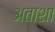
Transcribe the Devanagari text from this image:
अताशा